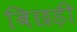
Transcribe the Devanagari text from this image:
बिछड़ी